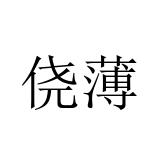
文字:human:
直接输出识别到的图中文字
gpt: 侥薄